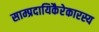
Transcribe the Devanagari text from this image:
साम्प्रदायिकैरेकारस्य